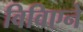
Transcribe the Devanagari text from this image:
विविएने